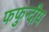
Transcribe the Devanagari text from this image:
फफुन्दीय